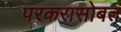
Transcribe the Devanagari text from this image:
परकरासोबत